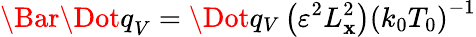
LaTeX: \Bar{\Dot{q}}_{V}=\Dot{q}_{V}\left(\varepsilon^{2}L_{\mathbf{x}}^{2}\right)\left(k_{0}T_{0}\right)^{-1}